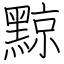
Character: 黥